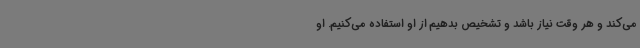
می‌کند و هر وقت نیاز باشد و تشخیص بدهیم از او استفاده می‌کنیم. او